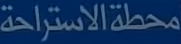
محطة الاستراحة